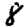
Digit: 8